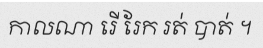
កាលណា រើ រែក រត់ បាត់ ។